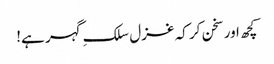
کچھ اور سخن کر کہ غزل سلکِ گہر ہے!